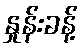
နှုန်းခန့်